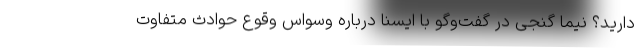
دارید؟ نیما گنجی در گفت‌وگو با ایسنا درباره وسواس وقوع حوادث متفاوت